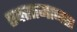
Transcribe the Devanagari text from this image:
एक्सामानता